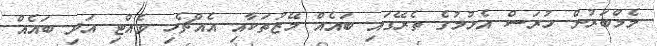
މެމްބަރުން ހުރަސް އެޅުމުގެ ތެރޭގައި ބައެއް މޭޒުތަކާއި އެއްޗެހި ވެއްޓި އަދި ބައެއް